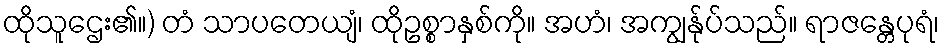
ထိုသူဌေး၏။) တံ သာပတေယျံ၊ ထိုဥစ္စာနှစ်ကို။ အဟံ၊ အကျွန်ုပ်သည်။ ရာဇန္တေပုရံ၊